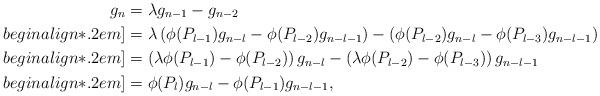
LaTeX: \begin{align*}g_n &= \lambda g_{n-1} - g_{n-2}\\begin{align*}.2em]&= \lambda \left(\phi(P_{l-1})g_{n-l} - \phi(P_{l-2}) g_{n-l-1}\right) - \left(\phi(P_{l-2})g_{n-l} - \phi(P_{l-3})g_{n-l-1}\right)\\begin{align*}.2em]&= \left(\lambda\phi(P_{l-1}) - \phi(P_{l-2}) \right) g_{n-l} -\left(\lambda\phi(P_{l-2}) - \phi(P_{l-3}) \right) g_{n-l-1} \\begin{align*}.2em]&= \phi(P_l)g_{n-l} - \phi(P_{l-1})g_{n-l-1},\end{align*}